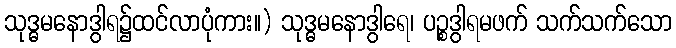
သုဒ္ဓမနောဒွါရ၌ထင်လာပုံကား။) သုဒ္ဓမနောဒွါရေ၊ ပဉ္စဒွါရမဖက် သက်သက်သော